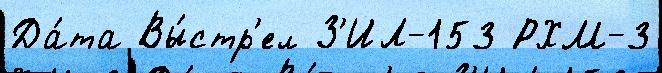
Да́та Вы́стр'ел З'ИЛ-153 РХМ-3